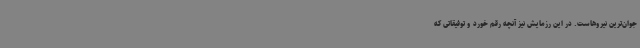
جوان‌ترین نیروهاست. در این رزمایش نیز آنچه رقم خورد و توفیقاتی که